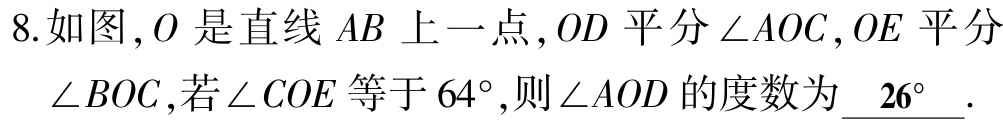
8.如图，\(O\)是直线\(AB\)上一点，\(OD\)平分\(\angle AOC\)，\(OE\)平分\(\angle BOC\)，若\(\angle COE\)等于\(64^{\circ}\)，则\(\angle AOD\)的度数为\(\underline{26^{\circ}}\).